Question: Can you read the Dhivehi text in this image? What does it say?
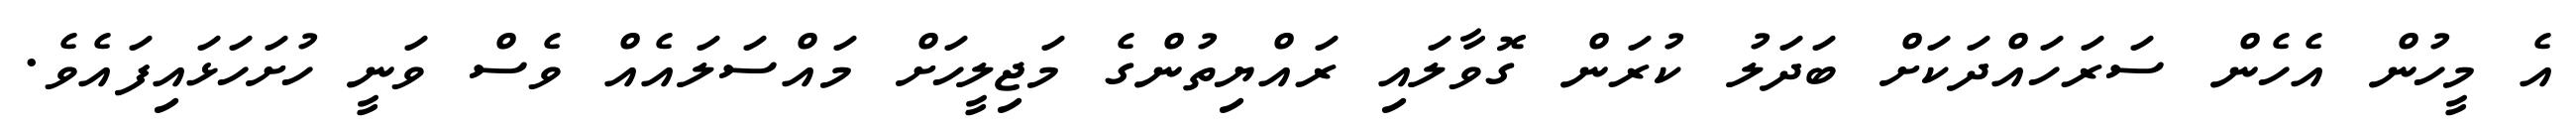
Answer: އެ މީހުން އެހެން ސަރަހައްދަކަށް ބަދަލު ކުރަން ގޮވާލައި ރައްޔިތުންގެ މަޖިލީހަށް މައްސަލައެއް ވެސް ވަނީ ހުށަހަޅައިފައެވެ.